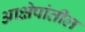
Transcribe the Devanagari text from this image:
आक्षेपांतील